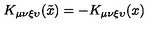
K _ { \mu \nu \xi \upsilon } ( \tilde { x } ) = - K _ { \mu \nu \xi \upsilon } ( x )